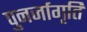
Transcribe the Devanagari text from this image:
पुनर्जागृति